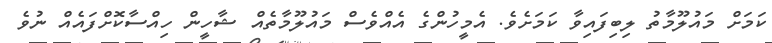
ކަމަށް މައުލޫމާތު ލިބިފައިވާ ކަމަށެވެ. އެމީހުންގެ އެއްވެސް މައުލޫމާތެއް ޝާހީން ހިއްސާކޮށްފައެއް ނުވެ